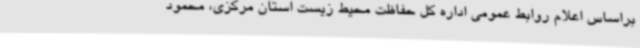
براساس اعلام روابط عمومی اداره کل حفاظت محیط زیست استان مرکزی، محمود